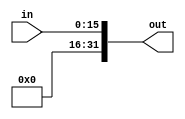
`timescale 1ns/1ps
module SigExt (
    input [15:0] in,
    output [31:0] out
);
    assign out = {{16{1'b0}}, {in}};
endmodule